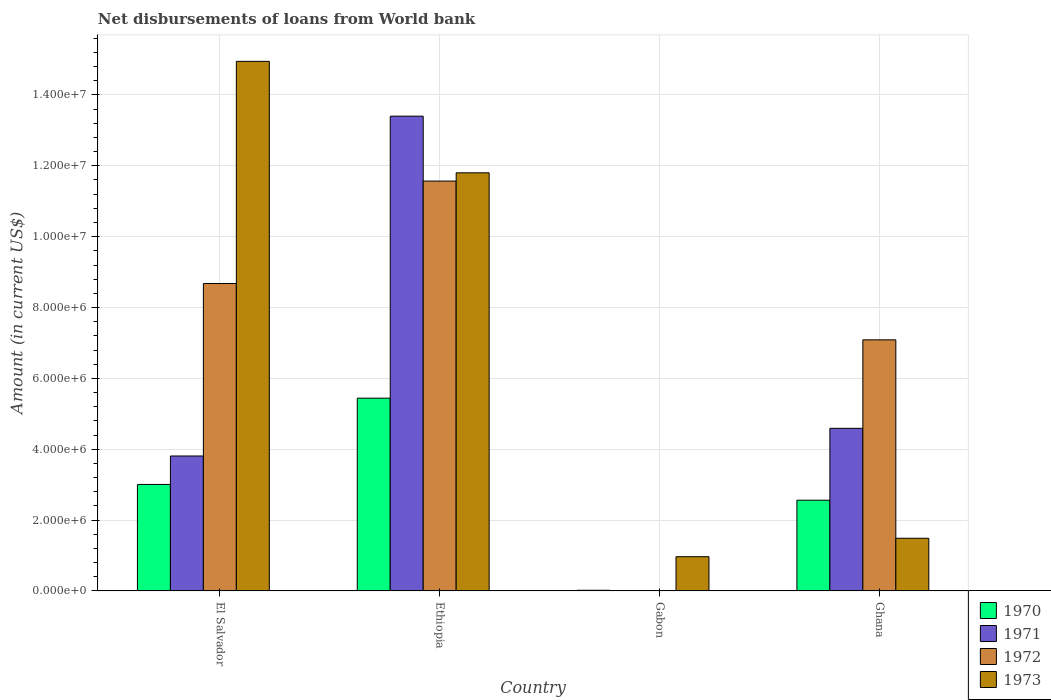
| Country | 1970 | 1971 | 1972 | 1973 |
 | --- | --- | --- | --- | --- |
 | El Salvador | 3.01e+06 | 3.81e+06 | 8.68e+06 | 1.49e+07 |
 | Ethiopia | 5.44e+06 | 1.34e+07 | 1.16e+07 | 1.18e+07 |
 | Gabon | 2e+04 | -3.88e+05 | -2.82e+06 | 9.67e+05 |
 | Ghana | 2.56e+06 | 4.59e+06 | 7.09e+06 | 1.49e+06 |